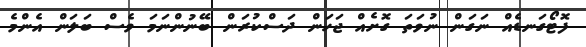
ފޮޓޯގަނޑެއް ނަގަން ނުވަތަ ގޮށެއް ޖަހަން ދަސްކުރަން ބޭނުންނަމަ ވެސް ބަލަން އެންމެ